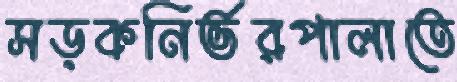
সড়কনির্ভরপালাতে